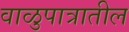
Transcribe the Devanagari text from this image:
वाळुपात्रातील